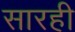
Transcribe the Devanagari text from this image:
सारही